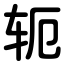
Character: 轭